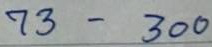
73 - 300